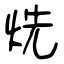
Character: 烍